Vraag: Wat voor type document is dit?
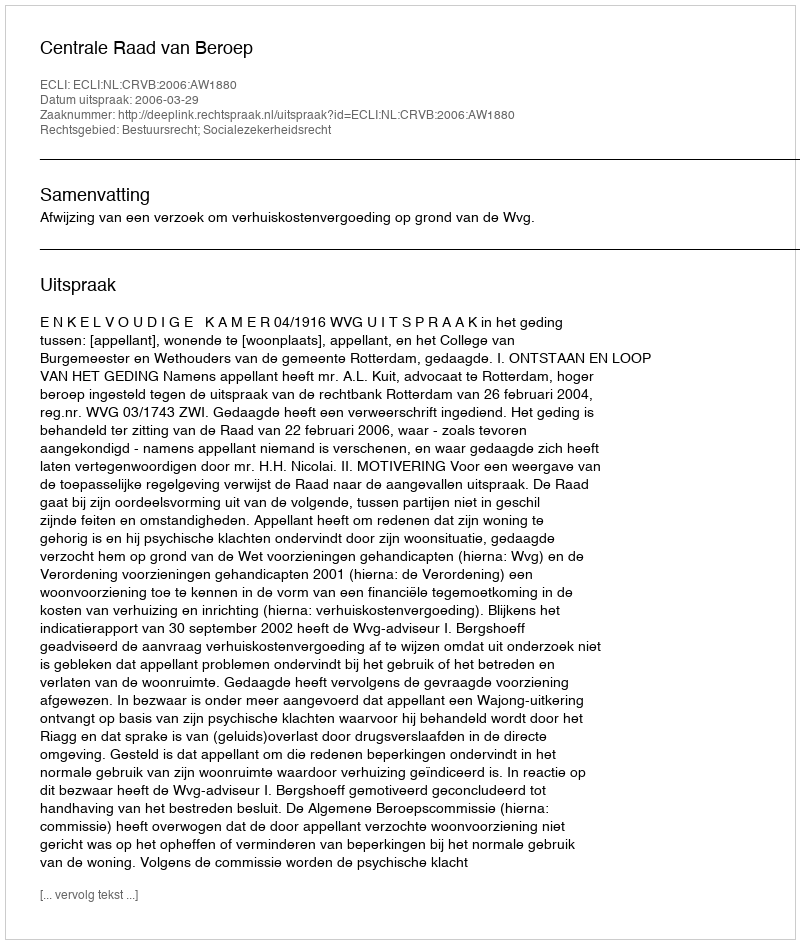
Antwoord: Uitspraak